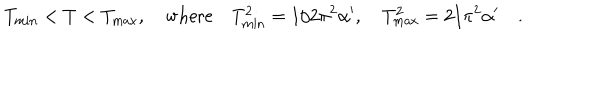
T _ { \mathrm { m i n } } < T < T _ { \mathrm { m a x } } , \quad \mathrm { w h e r e } \quad T _ { \mathrm { m i n } } ^ { 2 } = 1 / 2 \pi ^ { 2 } \alpha ^ { \prime } , \quad T _ { \mathrm { m a x } } ^ { 2 } = 2 / \pi ^ { 2 } \alpha ^ { \prime } \quad .